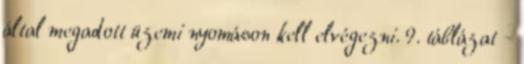
által megadott üzemi nyomáson kell elvégezni. 9. táblázat -